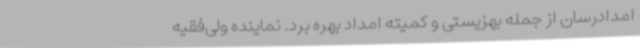
امدادرسان از جمله بهزیستی و کمیته‌ امداد بهره برد. نماینده ولی‌فقیه